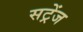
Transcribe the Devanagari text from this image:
सट्रेंज